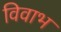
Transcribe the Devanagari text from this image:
विवाभ